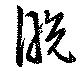
脱